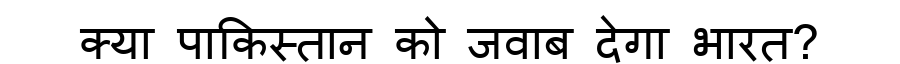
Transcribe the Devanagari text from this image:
क्या पाकिस्तान को जवाब देगा भारत?